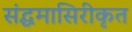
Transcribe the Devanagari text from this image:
संद्धमासिरीकृत